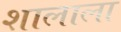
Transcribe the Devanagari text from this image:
शालाला